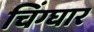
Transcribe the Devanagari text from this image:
चिंग्घार